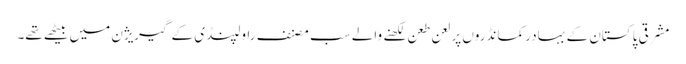
مشرقی پاکستان کے بہادر کمانڈروں پر لعن طعن لکھنے والے سب مصنف راولپنڈی کے گیریژن میں بیٹھے تھے۔